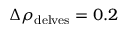
\Delta \rho _ { \mathrm { d e l v e s } } = 0 . 2